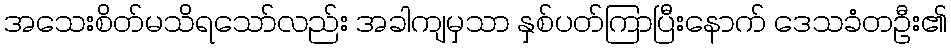
အသေးစိတ်မသိရသော်လည်း အခါကျမှသာ နှစ်ပတ်ကြာပြီးနောက် ဒေသခံတဦး၏